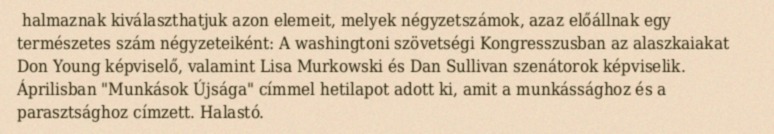
halmaznak kiválaszthatjuk azon elemeit, melyek négyzetszámok, azaz előállnak egy természetes szám négyzeteiként: A washingtoni szövetségi Kongresszusban az alaszkaiakat Don Young képviselő, valamint Lisa Murkowski és Dan Sullivan szenátorok képviselik. Áprilisban "Munkások Újsága" címmel hetilapot adott ki, amit a munkássághoz és a parasztsághoz címzett. Halastó.